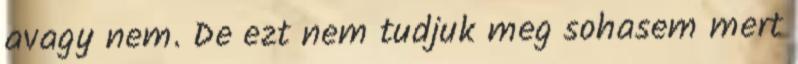
avagy nem. De ezt nem tudjuk meg sohasem mert